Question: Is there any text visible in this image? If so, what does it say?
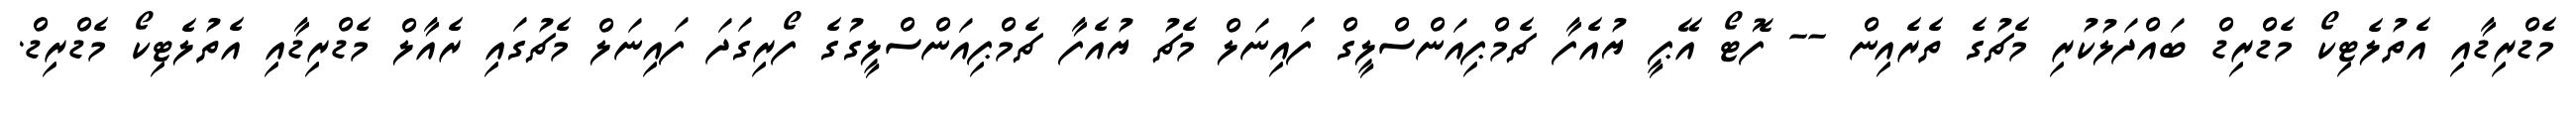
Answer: މެޑްރިޑާއި އެތުލެޓިކޯ މެޑްރިޑް ބައްދަލުކުރި މެޗުގެ ތެރެއިން -- ފޮޓޯ އޭޕީ ޔުއެފާ ޗެމްޕިއަންސްލީގް ފައިނަލް މެޗު ޔުއެފާ ޗެމްޕިއަންސްލީގުގެ ފޯރިގަދަ ފައިނަލް މެޗުގައި ރެއާލް މެޑްރިޑާއި އެތުލެޓިކޯ މެޑްރިޑް.